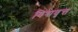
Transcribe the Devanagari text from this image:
विश्ववृत्त